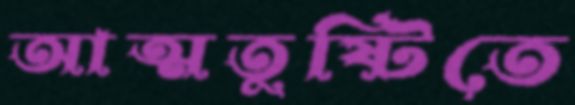
আত্মতুষ্টিতে